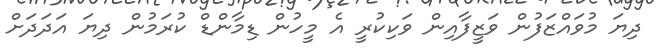
ދިޔަ މުވައްޒަފުން ވަޒީފާއިން ވަކިކުރީ އެ މީހުން ޑިމާންޑް ކުރަމުން ދިޔަ އަދަދަށް